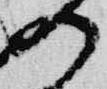
の